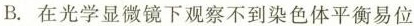
B.在光学显微镜下观察不到染色体平衡易位